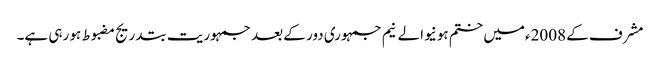
مشرف کے 2008ءمیں ختم ہونیوالے نیم جمہوری دور کے بعد جمہوریت بتدریج مضبوط ہو رہی ہے۔